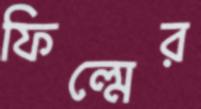
ফিল্মের